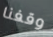
وقفنا